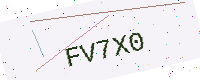
Text: FV7X0